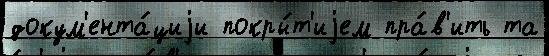
докум'ента́циjи покры́т'иjем пра́в'ить та